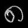
Digit: ၈